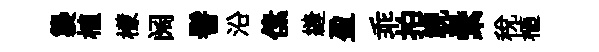
襲植檬阔髻沿傃縫盈乖拍視纍稅植